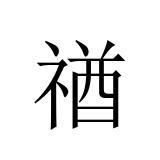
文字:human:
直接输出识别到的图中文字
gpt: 禉